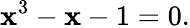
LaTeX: \mathbf{x}^{3}-\mathbf{x}-1=0.